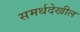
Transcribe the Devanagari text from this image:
समर्थदेखील